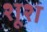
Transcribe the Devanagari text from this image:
शूश